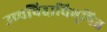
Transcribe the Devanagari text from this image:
उच्चविद्दाविभूषित